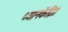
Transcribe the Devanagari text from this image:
ध्यानकेंद्रित